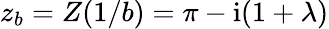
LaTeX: z_{b}=Z(1/b)=\pi-\mathrm{i}(1+\lambda)